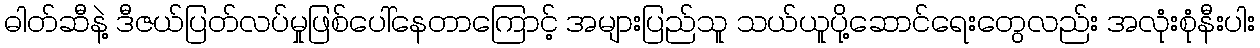
ဓါတ်ဆီနဲ့ ဒီဇယ်ပြတ်လပ်မှုဖြစ်ပေါ်နေတာကြောင့် အများပြည်သူ သယ်ယူပို့ဆောင်ရေးတွေလည်း အလုံးစုံနီးပါး